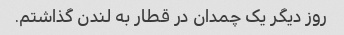
روز دیگر یک چمدان در قطار به لندن گذاشتم.